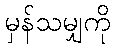
မှန်သမျှကို